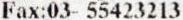
FAX:03- 55423213